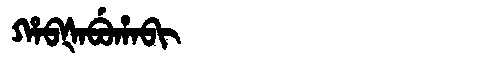
Manchu: ᡥᠠᠪᡧᠠᠪᡠᡥᠠᠪᡳ
Romanization: HABŠABUHABI